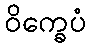
ဝိက္ခေပံ